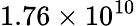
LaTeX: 1.76\times 10^{10}